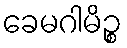
ခေမဂါမိဉ္စ